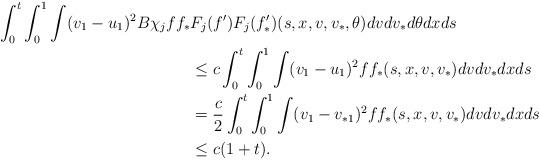
LaTeX: \begin{align*}\int_0^t\int_0^1 \int (v_1-u_1)^2 B{\chi}_jff_*&F_j(f')F_j(f'_*)(s,x,v,v_*,\theta )dvdv_*d\theta dxds \\&\leq c\int_0^t \int_0^1 \int (v_1-u_1)^2 ff_*(s,x,v,v_*)dvdv_* dxds \\&= \frac{c}{2}\int _0^t \int_0^1 \int (v_1-v_{*1})^2 ff_*(s,x,v,v_*)dvdv_*dxds \\&\leq c(1+t).\end{align*}